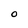
Character: O